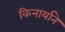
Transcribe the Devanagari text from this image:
किनार्याने